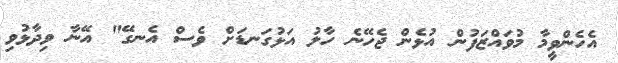
އެހެންވީމާ މުވައްޒަފުން އުޅެން ޖެހޭނެ ހާލު އަޅުގަނޑަށް ވެސް އެނގޭ" އޭނާ ވިދާޅުވި